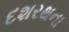
દશરથના